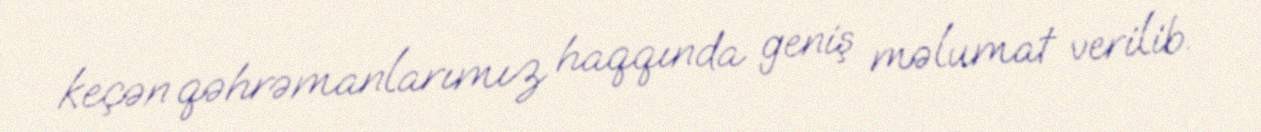
keçən qəhrəmanlarımız haqqında geniş məlumat verilib.